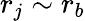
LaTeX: r_{j}\sim r_{b}